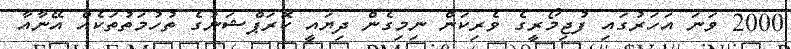
2000 ވަނަ އަހަރުގައި ފުޖިމޯރީގެ ވެރިކަން ނިމިގެން ދިޔައީ ކޮރަޕްޝަނުގެ ތުހުމަތުތަކެެއް އޭނާއާ